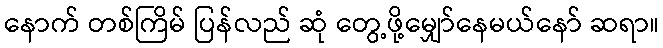
နောက် တစ်ကြိမ် ပြန်လည် ဆုံ တွေ့ဖို့မျှော်နေမယ်နော် ဆရာ။